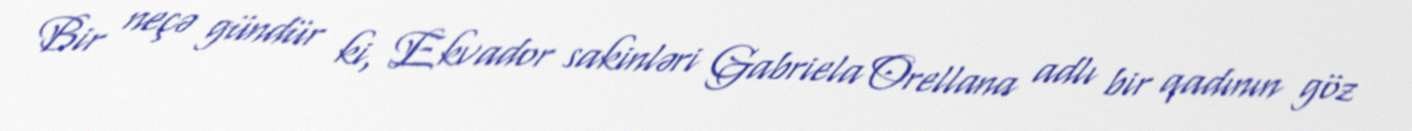
Bir neçə gündür ki, Ekvador sakinləri Gabriela Orellana adlı bir qadının göz